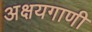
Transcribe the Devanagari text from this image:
अक्षयगाणी